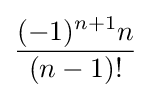
{\frac {(-1)^{n+1}n}{(n-1)!}}